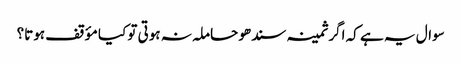
سوال یہ ہے کہ اگر ثمینہ سندھو حاملہ نہ ہوتی تو کیا مؤقف ہوتا؟